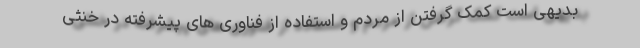
بدیهی است کمک گرفتن از مردم و استفاده از فناوری های پیشرفته در خنثی